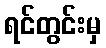
ရင်တွင်းမှ